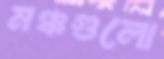
মঞ্চগুলো